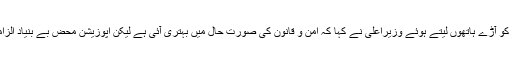
اپوزیشن پارٹیوں کو آڑے ہاتھوں لیتے ہوئے وزیراعلیٰ نے کہا کہ امن و قانون کی صورت حال میں بہتری آئی ہے لیکن اپوزیشن محض بے بنیاد الزامات لگارہی ہے۔